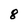
Character: 8